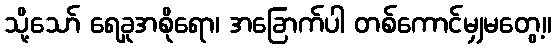
သို့သော် ရေခူအစိုရော၊ အခြောက်ပါ တစ်ကောင်မျှမတွေ့။